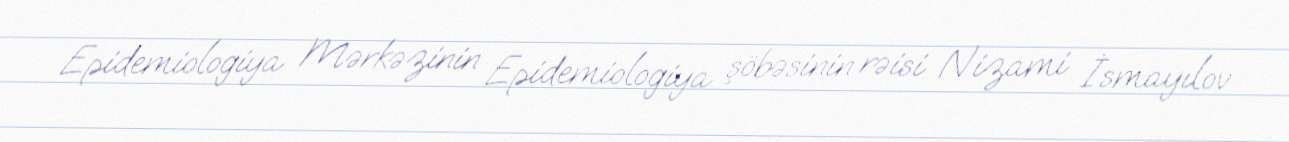
Epidemiologiya Mərkəzinin Epidemiologiya şöbəsinin rəisi Nizami İsmayılov